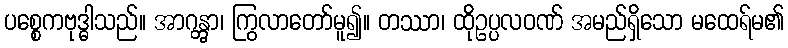
ပစ္စေကဗုဒ္ဓါသည်။ အာဂန္တွာ၊ ကြွလာတော်မူ၍။ တဿာ၊ ထိုဥပ္ပလဝဏ် အမည်ရှိသော မထေရ်မ၏